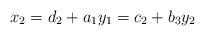
LaTeX: \begin{align*}x_2 = d_2+a_1y_1 = c_2+b_3y_2\end{align*}